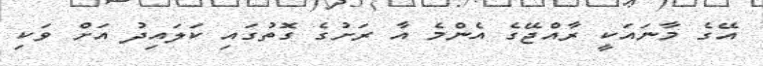
އޭގެ މާނައަކީ ރާއްޖޭގެ އެންމެ އާ ރަށުގެ ގޮތުގައި ކަލައިދު އަށް ވަކި